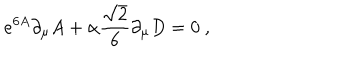
LaTeX: e ^ { 6 A } \partial _ { \mu } A + \alpha { \frac { \sqrt { 2 } } { 6 } } \partial _ { \mu } D = 0 \ ,